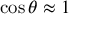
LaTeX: \cos \theta \approx 1